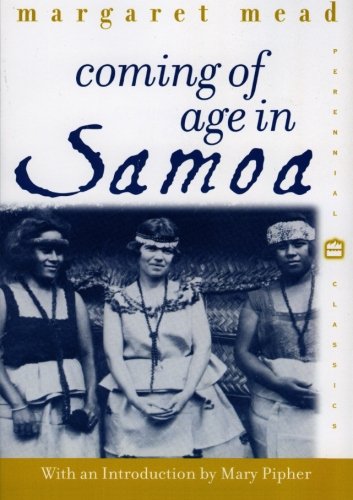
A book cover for Coming of Age in Samoa: A Psychological Study of Primitive Youth for Western Civilisation (Perennial Classics); Margaret Mead; Parenting & Relationships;